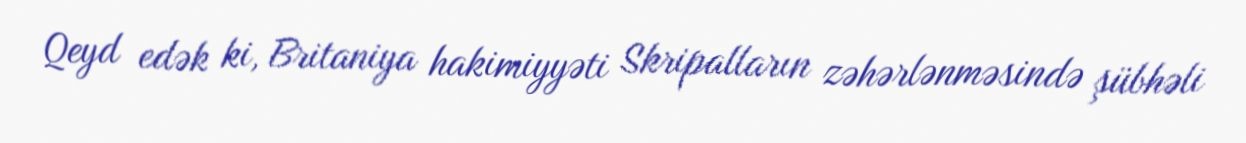
Qeyd edək ki, Britaniya hakimiyyəti Skripalların zəhərlənməsində şübhəli